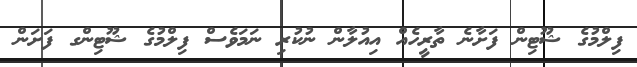
ފިލްމުގެ ޝޫޓިން ފަށާނެ ތާރީހެއް އިއުލާން ނުކުރި ނަމަވެސް ފިލްމުގެ ޝޫޓިންގ ފަށަން